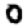
Digit: 0